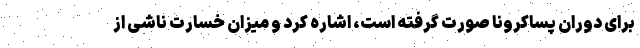
برای دوران پساکرونا صورت گرفته است، اشاره کرد و میزان خسارت ناشی از